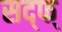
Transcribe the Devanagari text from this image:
सद्फ्